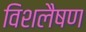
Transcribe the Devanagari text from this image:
विशलैषण